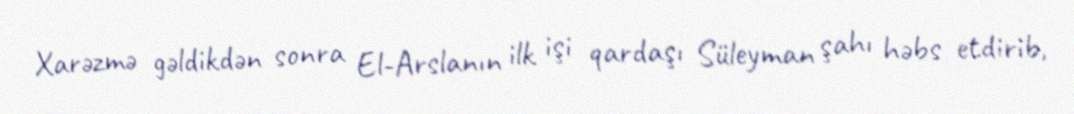
Xarəzmə gəldikdən sonra El-Arslanın ilk işi qardaşı Süleyman şahı həbs etdirib,